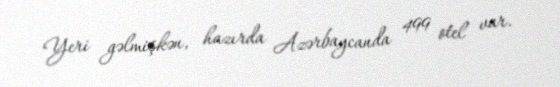
Yeri gəlmişkən, hazırda Azərbaycanda 499 otel var.